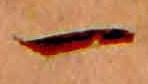
一